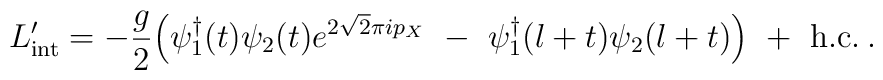
L'_{\rm int} = -{g\over 2}\Bigl( \psi_1^\dagger(t) \psi_2(t) e^{2\sqrt{2}\pi i p_X}\ -\ \psi_1^\dagger(l+t) \psi_2(l+t) \Bigr)\ +\ {\rm h.c.} \>.